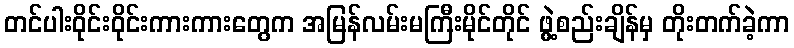
တင်ပါးဝိုင်းဝိုင်းကားကားတွေက အမြန်လမ်းမကြီးမိုင်တိုင် ဖွဲ့စည်းချိန်မှ တိုးတက်ခဲ့ကာ